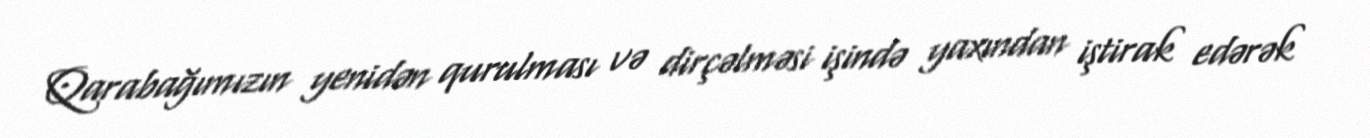
Qarabağımızın yenidən qurulması və dirçəlməsi işində yaxından iştirak edərək